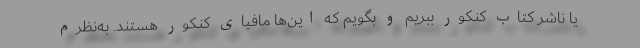
یا ناشر کتاب کنکور ببریم و بگویم که این‌ها مافیای کنکور هستند. به‌نظرم